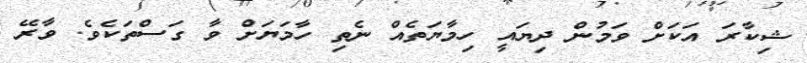
ޝިކާރަ އަކަށް ވަމުން ދިޔައީ ހިމާޔަތެއް ނެތި ހާމަޔަށް ވާ ގަސްތަކެވެ. ވާރޭ